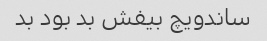
ساندویچ بیفش بد بود بد